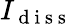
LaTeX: I_{\mathrm{~d~i~s~s~}}